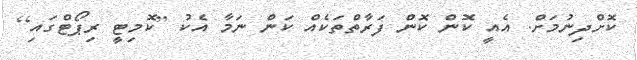
ކޮށްދިނުމަށް. އެއީ ކޮން ކޮން ފަރާތްތަކެއް ކަން ނަމާ އެކު [ކޮމިޓީ ރިޕޯޓްގައި]